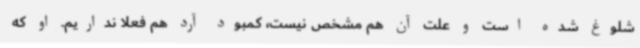
شلوغ شده است و علت آن هم مشخص نیست، کمبود آرد هم فعلا نداریم. او که